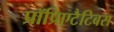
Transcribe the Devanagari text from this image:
प्रॉप्रिएटैटिबस